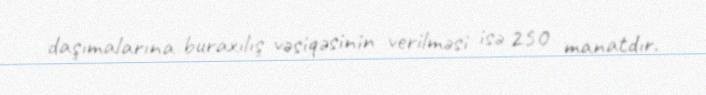
daşımalarına buraxılış vəsiqəsinin verilməsi isə 250 manatdır.